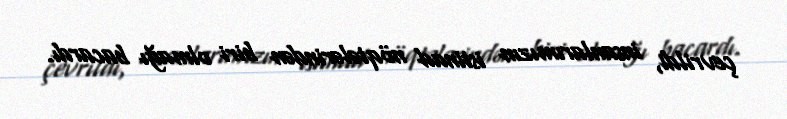
çevrildi, insanlarımızın istinad nöqtələrindən biri olmağı bacardı.